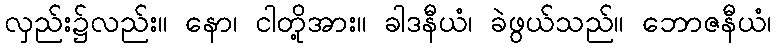
လှည်း၌လည်း။ နော၊ ငါတို့အား။ ခါဒနီယံ၊ ခဲဖွယ်သည်။ ဘောဇနီယံ၊